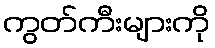
ကွတ်ကီးများကို